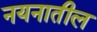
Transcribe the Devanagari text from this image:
नयनातील